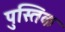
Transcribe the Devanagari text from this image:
पुस्तिक